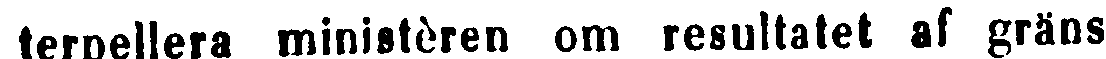
terpellera ministèren om resultatet af gräns